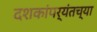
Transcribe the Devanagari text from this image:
दशकांपर्यंतच्या